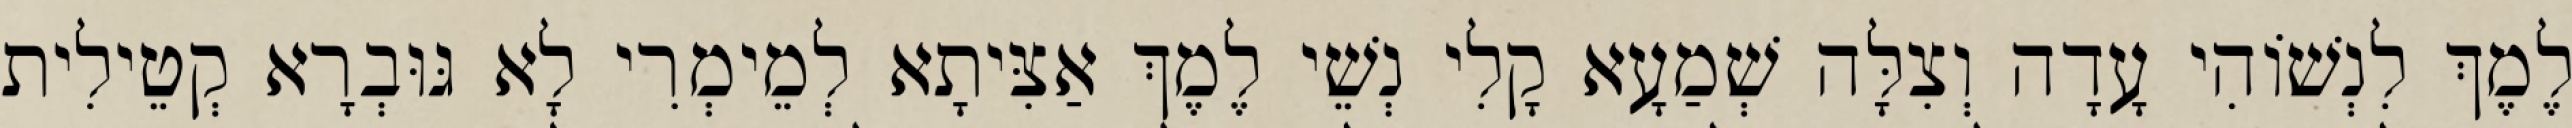
לֶמֶךְ לִנְשׁוֹהִי עָדָה וְצִלָּה שְׁמַעָא קָלִי נְשֵׁי לֶמֶךְ אַצִּיתָא לְמֵימְרִי לָא גּוּבְרָא קְטֵילִית